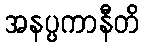
အနပ္ပကာနီတိ